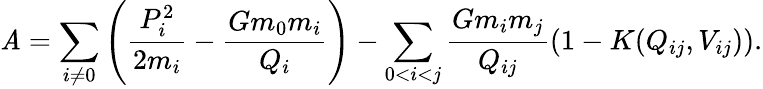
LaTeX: \mathit{A}=\sum_{i\ne0}\left(\frac{{P_{i}^{2}}}{{2m_{i}}}-\frac{{Gm_{0}m_{i}}}{{Q_{i}}}\right)-\sum_{0<i<j}\frac{{Gm_{i}m_{j}}}{{Q_{ij}}}\left(1-K(Q_{ij},V_{ij})\right).